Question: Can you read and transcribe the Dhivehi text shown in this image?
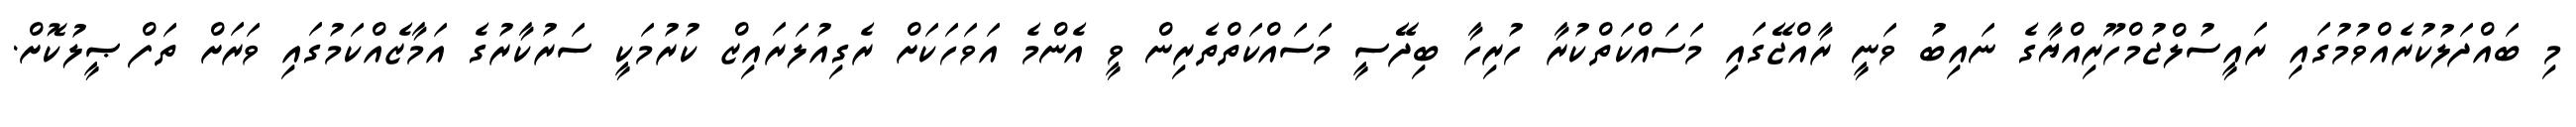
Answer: މި ބައްދަލުކުރެއްވުމުގައި ރައީސުލްޖުމްހޫރިއްޔާގެ ނައިބު ވަނީ ރާއްޖޭގައި މަސައްކަތްކުރާ ހުރިހާ ބިދޭސީ މަސައްކަތްތެރިން ވީ އެންމެ އަވަހަކަށް ރެގިއުލަރައިޒް ކުރުމަކީ ސަރުކާރުގެ އަމާޒެއްކަމުގައި ވަރަށް ތަފްޞީލުކޮށް.